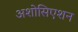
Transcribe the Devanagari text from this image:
अशोसिएशन